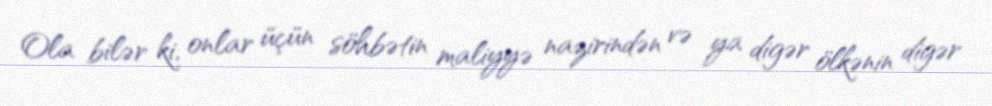
Ola bilər ki, onlar üçün söhbətin maliyyə nazirindən və ya digər ölkənin digər